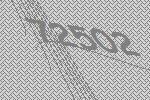
72502